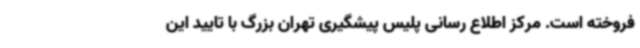
فروخته است. مرکز اطلاع رسانی پلیس پیشگیری تهران بزرگ با تایید این